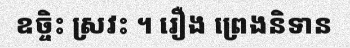
ឧច្ចិះ ស្រវះ ។ រឿង ព្រេងនិទាន